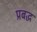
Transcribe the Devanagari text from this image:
प्रबद्ध